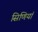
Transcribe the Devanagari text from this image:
सिणियां